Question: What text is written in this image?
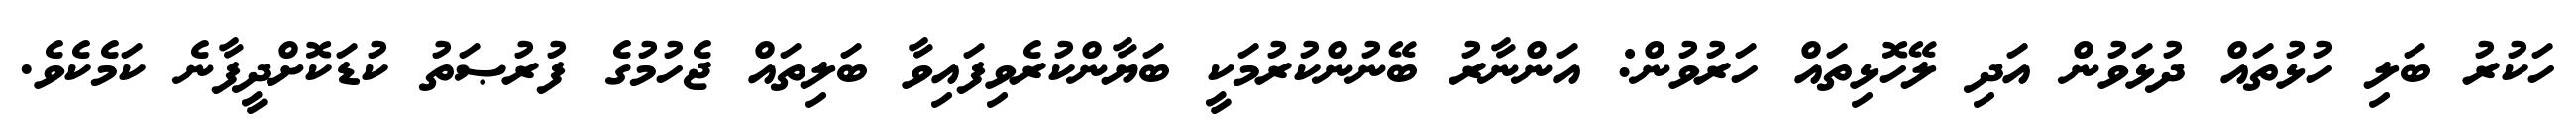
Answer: ހަކުރު ބަލި ހުޅުތައް ދުޅަވުން އަދި ލޭހޮޅިތައް ހަރުވުން: އަންނާރު ބޭނުންކުރުމަކީ ބަޔާންކުރެވިފައިވާ ބަލިތައް ޖެހުމުގެ ފުރުޞަތު ކުޑަކޮށްދީފާނެ ކަމެކެވެ.